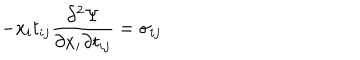
LaTeX: - x _ { i } t _ { i j } \frac { \partial ^ { 2 } \Psi } { \partial x _ { i } \partial t _ { i j } } = \sigma _ { i j }